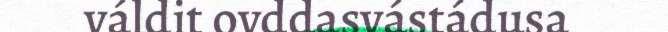
váldit ovddasvástádusa